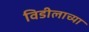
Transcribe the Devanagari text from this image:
विडीलाच्या